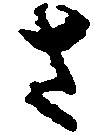
さ